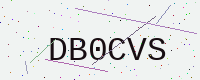
Text: DB0CVS